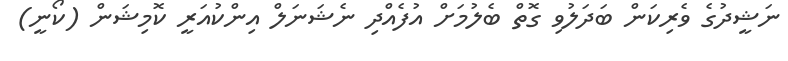
ނަޝީދުގެ ވެރިކަން ބަދަލުވި ގޮތް ބެލުމަށް އުފެއްދި ނެޝަނަލް އިންކުއަރީ ކޮމިޝަން (ކޯނީ)